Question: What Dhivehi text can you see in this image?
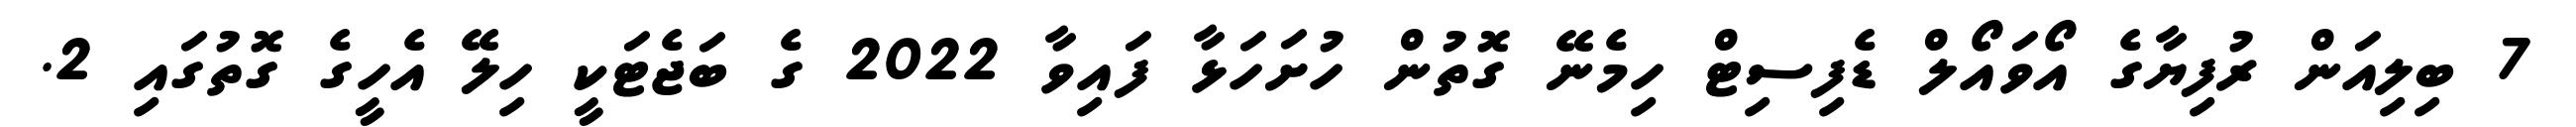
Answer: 7 ބިލިއަން ރުފިޔާގެ އޯވައޯލް ޑެފިސިޓް ހިމެނޭ ގޮތުން ހުށަހަޅާ ފައިވާ 2022 ގެ ބަޖެޓަކީ ހިލޭ އެހީގެ ގޮތުގައި 2.